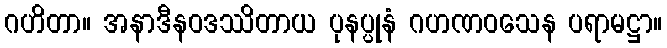
ဂဟိတာ။ အနာဒီနဝဒဿိတာယ ပုနပ္ပုနံ ဂဟဏဝသေန ပရာမဋ္ဌာ။